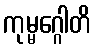
ကုမ္မဂ္ဂေါတိ